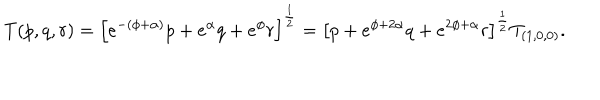
T ( p , q , r ) = \left[ e ^ { - ( \phi + \alpha ) } p + e ^ { \alpha } q + e ^ { \phi } r \right] ^ { \frac { 1 } { 2 } } = \left[ p + e ^ { \phi + 2 \alpha } q + e ^ { 2 \phi + \alpha } r \right] ^ { \frac { 1 } { 2 } } T _ { ( 1 , 0 , 0 ) } .